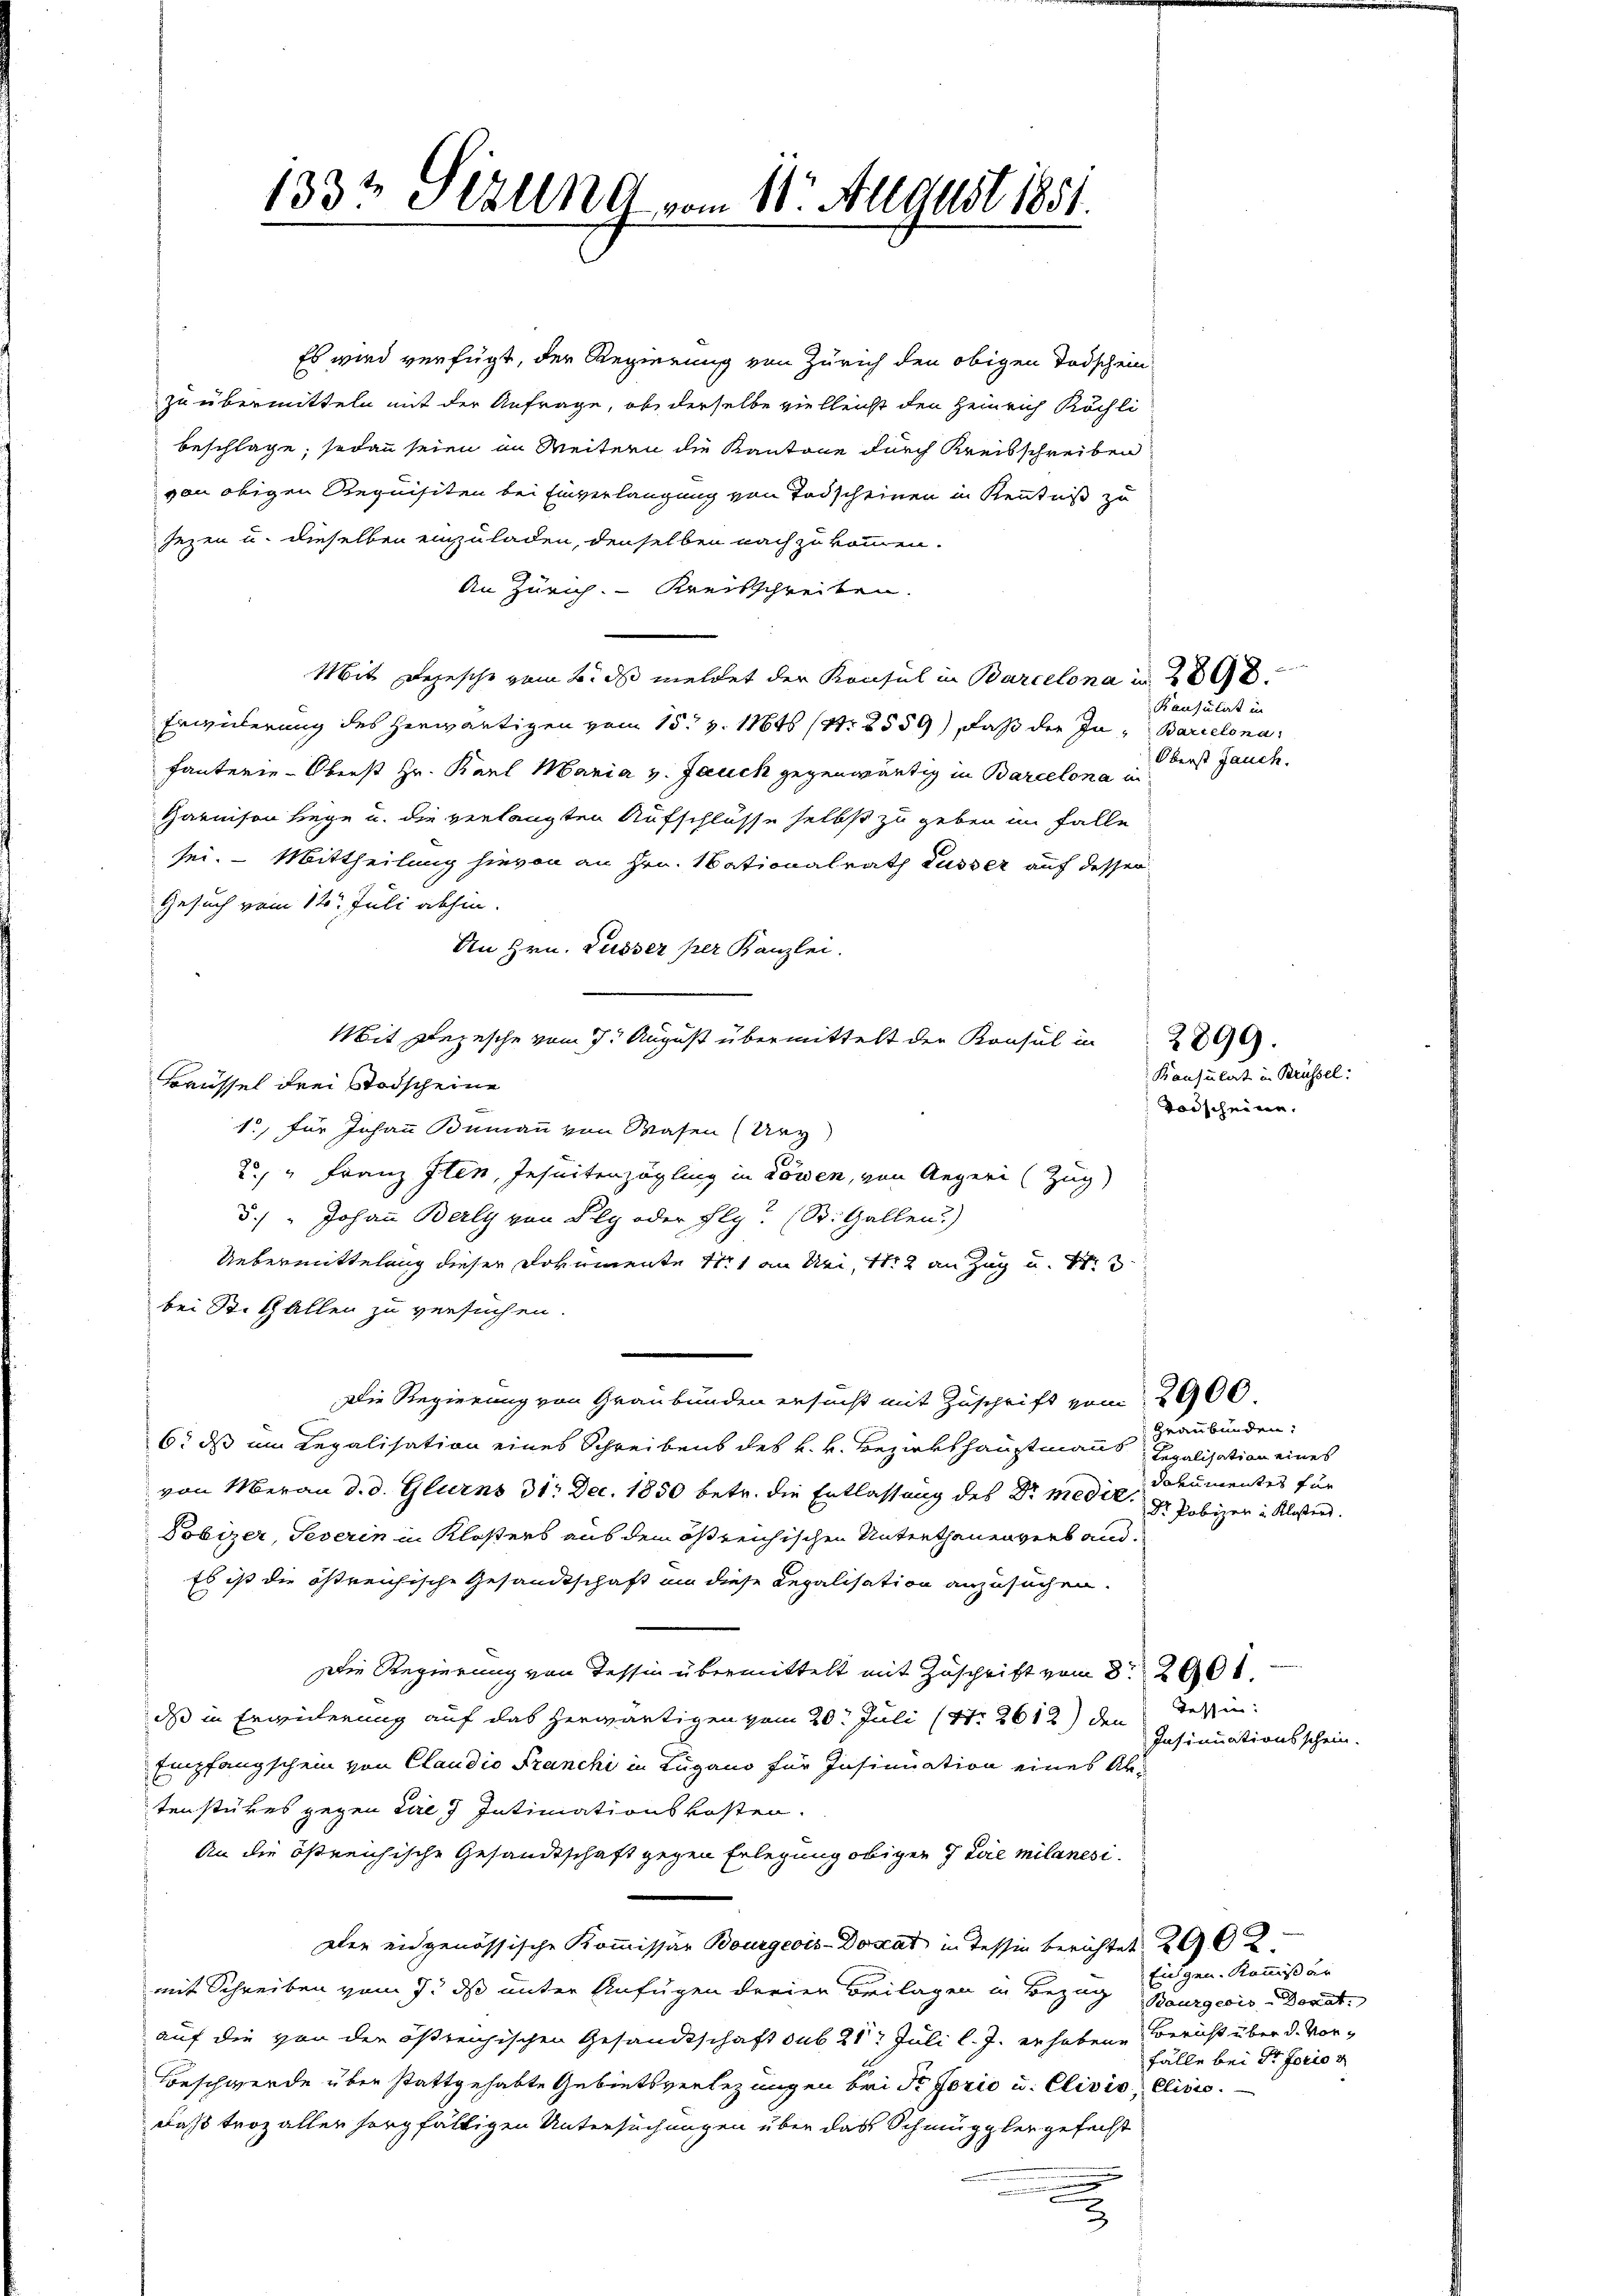
1332 Sizung vom 11. August 1851.

Es wird verfügt, der Regierung von Zürich den obigen Todschein
zu übermitteln mit der Anfrage, ob derselbe vielleicht den Heinrich Köchli
beschlage, sodann seien im Weitern die Kantone durch Kreisschreiben
von obigen Requisiten bei Einverlangung von Todscheinen in Kenntniß zu
Jezen u. dieselben einzuladen, denselben nach zu kommen.
An Zürich. Kreisschreiben.
Mit Depesche vom 2. ds meldet der Konsul in Barcelona in
Erwiederung des herwärtigen vom 15. v. 11646 (12559) daß der In-Barcelonafanterie-Oberst Hr. Karl Maria v. Jauch gegenwärtig in Barcelona in
Garnison lege u. die verlangten Aufschlüsse selbst zu geben im Falle
sei. Mittheilung hievon an Hrn. Nationalrath Russer auf dessen
Gesuch vom 14. Juli abhin.
An Hrn. Kusser per Kanzlei.
Mit Depesche vom 7. August übermittelt der Konsul in
Brüssel drei Stodscheine
1., für Johann Bumann von Wasen (Urz
2. " Franz Iten, Insuitenzögling in Löwen, von Aegeri (Zug)
5.) " Johann Berly von Ply oder Fly? (B. Gallen.)
Uebermittelung dieser Dokumente 111 an Uri, N. 2 an Zug u. 1
bei St. Gallen zu versuchen.
Die Regierung von Graubünden ersucht mit Zuschrift vom 2900.
6. ds im Legalisation eines Schreibens des k. k. Bezirkshauptmanns Legalisation eines
von Meran d. d. Glurns 31. Dec. 1850 betr. die Entlassung des Dr. Medit. Dr. Pobizer in Klassers.
Pobizer, Severin in Klosters aus dem östreichischen Unterthanenverband¬
Es ist die östreichische Gesandtschaft um diese Legalisation anzusuchen.
Die Regierung von Tessin übermittelt mit Zuschrift vom 8ten 200.
dass in Erwiederung auf das herwärtigen vom 20. Juli (47. 2612) den Tessin:
Empfangschein von Claudio Franchi in Lugano für Insinuation eines Abtenstükes gegen die Intimationskosten.
An die östreichische Gesandtschaft gegen Erlegung obiger 7 Lae milanesi¬
Der eidgenössische Kommissär Bourgeois-Dokat in Tessin berichtet. 292
mit Schreiben vom 7. ds unter Anfügen dreien Beilagen in Bezug Bourgeois Donat
auf die von der östreichischen Gesandtschaft sub 21. Juli l. J. erhobene Bericht über d. Vor¬
Beschwerde über stattgehabte Gebietsverlegungen bei Sr Jorio u. Clivis, Clivie
daß troz allen sorgfältigen Untersuchungen über das Schmuggler gefecht
e
3

Kausulat in
Oberst Jauch.

Konsulat in Brüssel:
Vorscheine.

Graubünden:
davumentes für

2899.

Insinuationsschein.

Eidgen. Kommissär
Fälle bei der Forio g